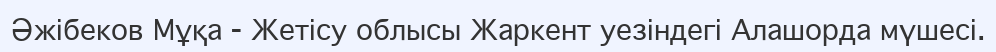
Әжібеков Мұқа - Жетісу облысы Жаркент уезіндегі Алашорда мүшесі.